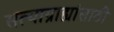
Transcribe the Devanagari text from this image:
सत्याग्राह्यांसाठी